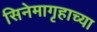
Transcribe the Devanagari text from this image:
सिनेमागृहाच्या